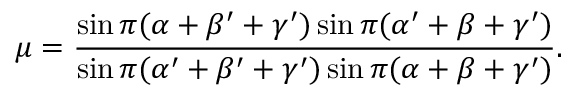
\mu = { \frac { \sin \pi ( \alpha + \beta ^ { \prime } + \gamma ^ { \prime } ) \sin \pi ( \alpha ^ { \prime } + \beta + \gamma ^ { \prime } ) } { \sin \pi ( \alpha ^ { \prime } + \beta ^ { \prime } + \gamma ^ { \prime } ) \sin \pi ( \alpha + \beta + \gamma ^ { \prime } ) } } .